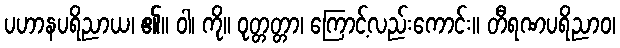
ပဟာနပရိညာယ၊ ၏။ ဝါ၊ ကို။ ဝုတ္တတ္တာ၊ ကြောင့်လည်းကောင်း။ တီရဏပရိညာဝ၊